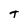
Character: T